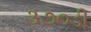
૩૭૦ડી